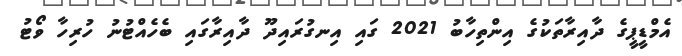
އެމްޑީޕީގެ ދާއިރާތަކުގެ އިންތިހާބު 2021 ގައި އިނގުރައިދޫ ދާއިރާގައި ބެހެއްޓުނު ހުރިހާ ވޯޓު